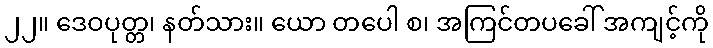
၂၂။ ဒေဝပုတ္တ၊ နတ်သား။ ယော တပေါ စ၊ အကြင်တပခေါ် အကျင့်ကို